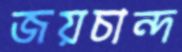
জয়চান্দ